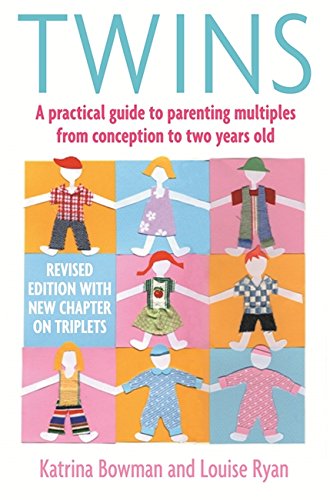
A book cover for Twins: A Practical Guide to Parenting Multiples from Conception to preschool; Katrina Bowman; Parenting & Relationships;